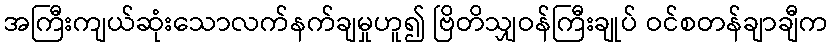
အကြီးကျယ်ဆုံးသောလက်နက်ချမှုဟူ၍ ဗြိတိသျှဝန်ကြီးချုပ် ဝင်စတန်ချာချီက